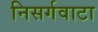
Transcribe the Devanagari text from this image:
निसर्गवाटा